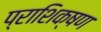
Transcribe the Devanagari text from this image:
प्राशिक्षण